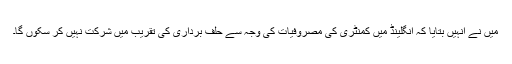
میں نے انہیں بتایا کہ انگلینڈ میں کمنٹری کی مصروفیات کی وجہ سے حلف برداری کی تقریب میں شرکت نہیں کر سکوں گا۔